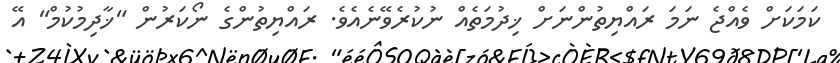
ކަމަކަށް ވެއްޖެ ނަމަ ރައްޔިތުންނަށް ޚިދުމަތެއް ނުކުރެވޭނެއެވެ. ރައްޔިތުންގެ ނޯކަރުން "ޚާދިމުކުމް" އޭ